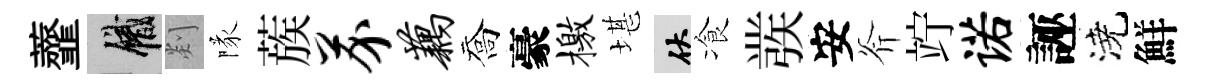
虀識剡隊蔟芥藕喬豪檄堪伏飡彂安斧竚诺誣澆鮮